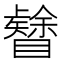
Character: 𥌟